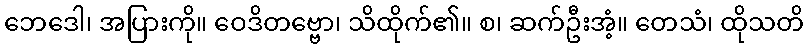
ဘေဒေါ၊ အပြားကို။ ဝေဒိတဗ္ဗော၊ သိထိုက်၏။ စ၊ ဆက်ဦးအံ့။ တေသံ၊ ထိုသတိ